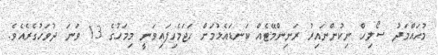
މުޙައްމަދު ޞޯލިހް ނިކުންނައިރު ރަނިންމޭޓެއް ކަނޑައެޅުމަށް ހަޖަމެހިފައިވަނީ މިމަހުގެ 13 ވަނަ ދުވަހުގެރެއެވެ.